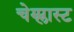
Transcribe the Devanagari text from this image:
चेम्प्लास्ट